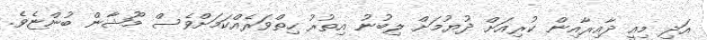
އަދި މިއީ ދާއިރާއިން ކުރިއަށް ދުޔުމަށް ލިބުނު އިތުރު ހިތްވަރެއްކަމަށްވެސް މޫޝާން ބުންޏެވެ.